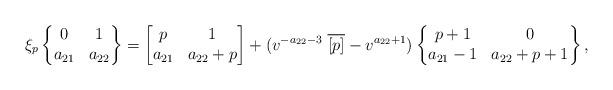
LaTeX: \begin{align*} \xi_p \left \{\begin{matrix}0 & 1 \\a_{21} & a_{22}\end{matrix}\right \}= \left [\begin{matrix} p & 1 \\a_{21} & a_{22}+p\end{matrix}\right ]+ ( v^{- a_{22} -3 } \ \overline{[p]} - v^{a_{22}+1})\left \{\begin{matrix}p+1 & 0\\a_{21}-1 & a_{22} +p+1\end{matrix}\right \},\end{align*}